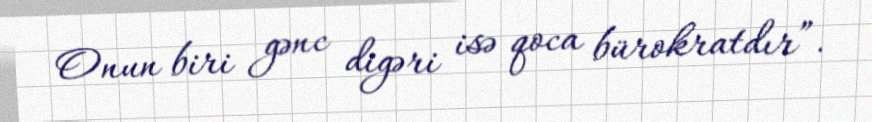
Onun biri gənc digəri isə qoca bürokratdır”.